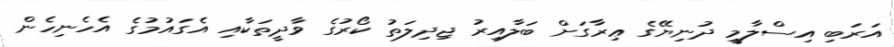
އަރަބި އިސްލާމީ ދުނިޔޭގެ ޢިރާގަށް ބަލާއިރު ޖިދިލަތު ކޯރުގެ ވާދީތަކާއި އެގައުމުގެ އެހެނިހެން